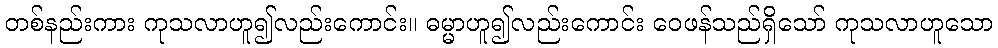
တစ်နည်းကား ကုသလာဟူ၍လည်းကောင်း။ ဓမ္မာဟူ၍လည်းကောင်း ဝေဖန်သည်ရှိသော် ကုသလာဟူသော